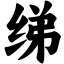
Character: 绨